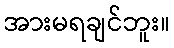
အားမရချင်ဘူး။